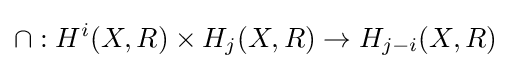
\cap :H^{i}(X,R)\times H_{j}(X,R)\to H_{j-i}(X,R)